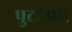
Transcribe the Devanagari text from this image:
पुटटप्पा